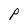
Character: P